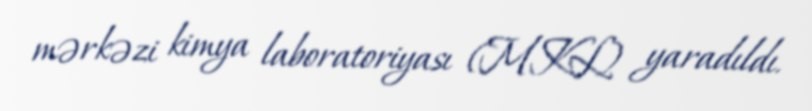
mərkəzi kimya laboratoriyası (MKL) yaradıldı.